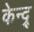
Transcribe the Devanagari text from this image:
केन्द्र्